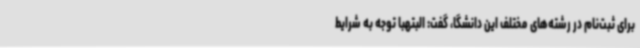
برای ثبت‌نام در رشته‌های مختلف این دانشگا، گفت: البتهبا توجه به شرایط